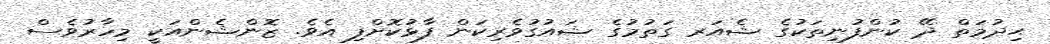
ޙިދުމަތް ދޭ ކުންފުނިތަކުގެ ޝެއަރ ގަތުމުގެ ޝައުގުވެރިކަން ފާޅުކޮށްފި އެވެ. ޒޮންޝެންއަކީ މިހާރުވެސް